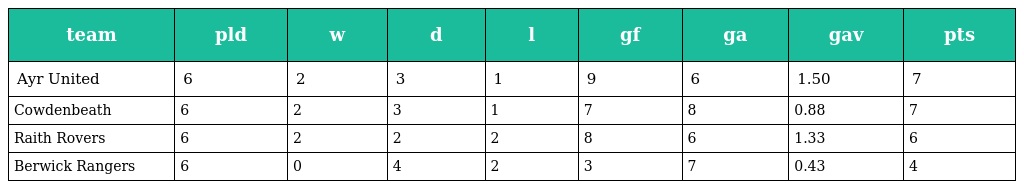
| team | pld | w | d | l | gf | ga | gav | pts |
 | --- | --- | --- | --- | --- | --- | --- | --- | --- |
 | Ayr United | 6 | 2 | 3 | 1 | 9 | 6 | 1.50 | 7 |
 | Cowdenbeath | 6 | 2 | 3 | 1 | 7 | 8 | 0.88 | 7 |
 | Raith Rovers | 6 | 2 | 2 | 2 | 8 | 6 | 1.33 | 6 |
 | Berwick Rangers | 6 | 0 | 4 | 2 | 3 | 7 | 0.43 | 4 |